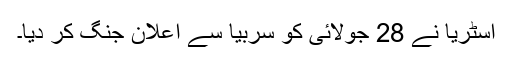
آسٹریا نے 28 جولائی کو سربیا سے اعلانِ جنگ کر دیا۔